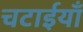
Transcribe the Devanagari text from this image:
चटाईयाँ